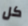
كل